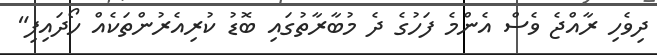
ދިވެހި ރާއްޖެ ވެސް އެންމެ ފަހުގެ ދެ މުބާރާތުގައި ބޮޑު ކުރިއެރުންތަކެއް ހޯދައިފި"